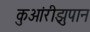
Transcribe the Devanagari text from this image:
कुआंरीझुपान